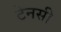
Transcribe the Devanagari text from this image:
टेनसी